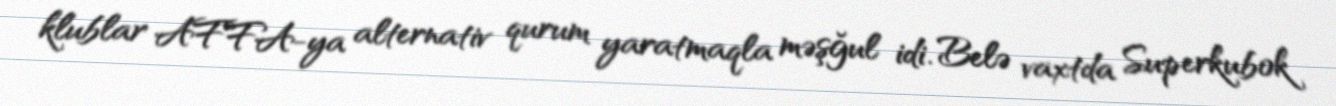
klublar AFFA-ya alternativ qurum yaratmaqla məşğul idi. Belə vaxtda Superkubok